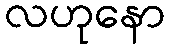
လဟုနော